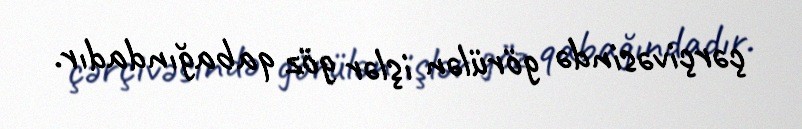
çərçivəsində görülən işlər göz qabağındadır.